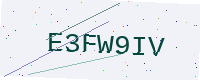
Text: E3FW9IV